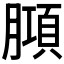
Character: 𭩆